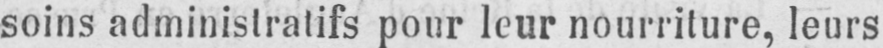
soins administratifs pour leur nourriture, leurs